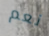
نعم